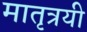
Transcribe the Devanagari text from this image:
मातृत्रयी